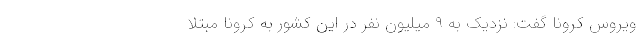
ویروس کرونا گفت: نزدیک به ۹ میلیون نفر در این کشور به کرونا مبتلا